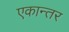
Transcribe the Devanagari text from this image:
एकान्‍तर